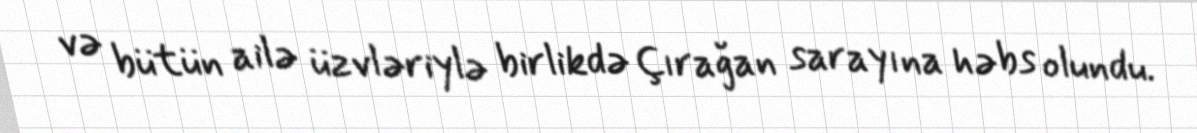
və bütün ailə üzvləriylə birlikdə Çırağan sarayına həbs olundu.